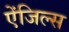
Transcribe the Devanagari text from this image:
ऐंजिल्‍स